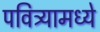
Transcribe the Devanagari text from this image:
पवित्र्यामध्ये